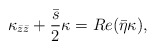
\begin{align*} \kappa_{\bar{z}\bar{z}} + \frac{\bar{s}}{2} \kappa = Re( \bar{\eta} \kappa),\end{align*}